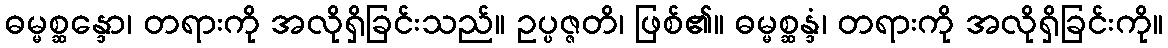
ဓမ္မစ္ဆန္ဒော၊ တရားကို အလိုရှိခြင်းသည်။ ဥပ္ပဇ္ဇတိ၊ ဖြစ်၏။ ဓမ္မစ္ဆန္ဒံ၊ တရားကို အလိုရှိခြင်းကို။